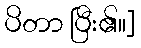
ပိတာ ပြီး၏။]